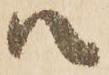
江